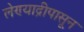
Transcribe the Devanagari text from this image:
लेण्याद्रीपासून